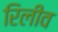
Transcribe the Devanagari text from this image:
रिलीव